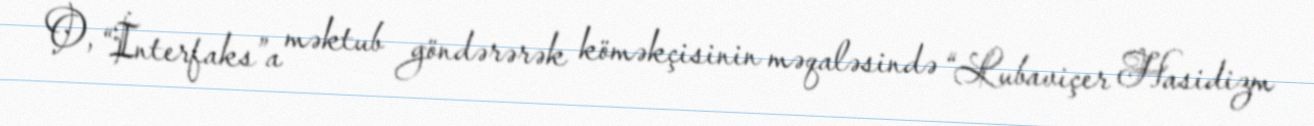
O, “İnterfaks”a məktub göndərərək köməkçisinin məqaləsində “Lubaviçer Hasidizm